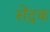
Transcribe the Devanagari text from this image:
सेंद्रक